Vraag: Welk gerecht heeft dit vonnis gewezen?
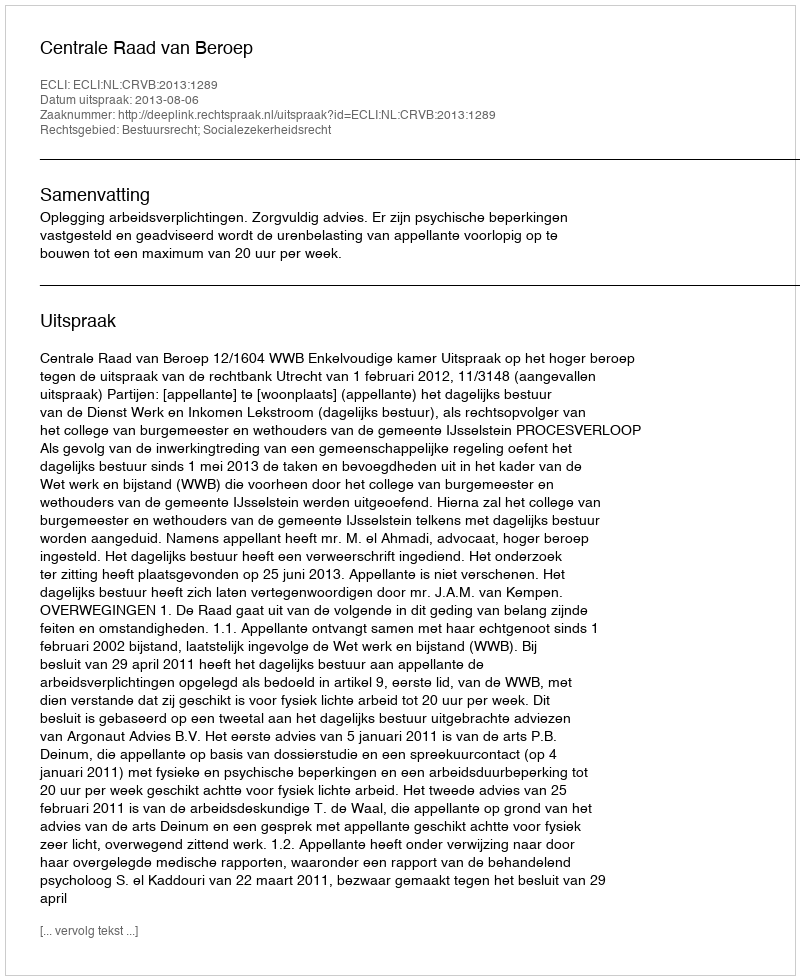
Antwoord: Centrale Raad van Beroep